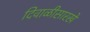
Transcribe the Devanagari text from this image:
दिवाळीसारखे